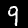
Label: 9